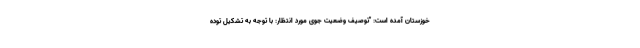
خوزستان آمده است: "توصیف وضعیت جوی مورد انتظار: با توجه به تشکیل توده